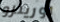
لورينزو